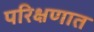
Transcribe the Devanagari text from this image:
परिक्षणात